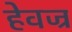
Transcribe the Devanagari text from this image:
हेवज्र